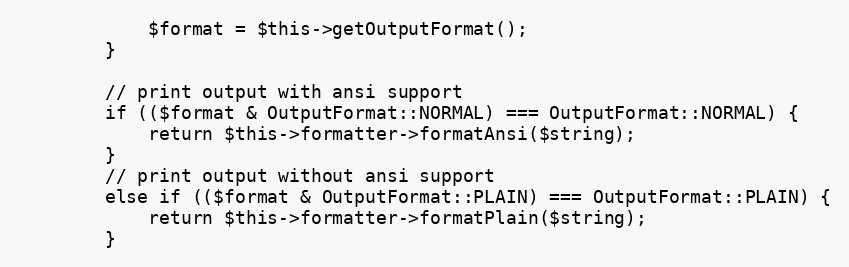
Language: PHP
            $format = $this->getOutputFormat();
        }

        // print output with ansi support
        if (($format & OutputFormat::NORMAL) === OutputFormat::NORMAL) {
            return $this->formatter->formatAnsi($string);
        }
        // print output without ansi support
        else if (($format & OutputFormat::PLAIN) === OutputFormat::PLAIN) {
            return $this->formatter->formatPlain($string);
        }